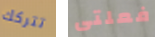
تتركك فعلتى